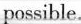
possible.